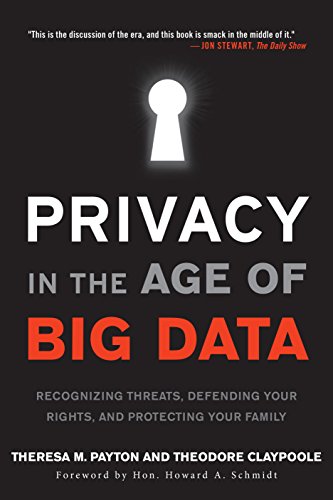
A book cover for Privacy in the Age of Big Data: Recognizing Threats, Defending Your Rights, and Protecting Your Family; Theresa Payton; Computers & Technology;